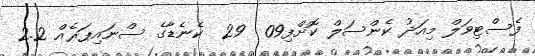
ފެސްޓިވަލް މިއަދު ކެންސަލް ކޮށްފި09  29  ކެނެޑާގެ ސްނައިޕަރެއް 2.2